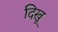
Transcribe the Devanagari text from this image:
दिखू